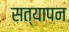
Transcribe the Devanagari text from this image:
सत्‍यापन